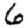
Digit: 6